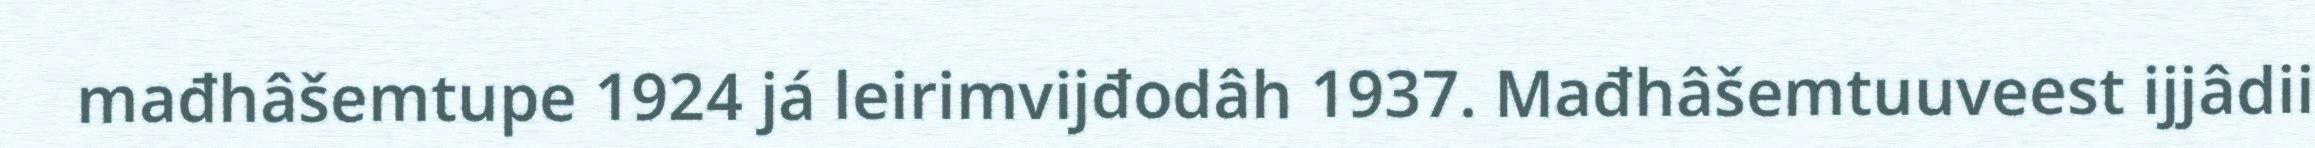
mađhâšemtupe 1924 já leirimvijđodâh 1937. Mađhâšemtuuveest ijjâdii